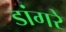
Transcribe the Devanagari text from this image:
डांगरे